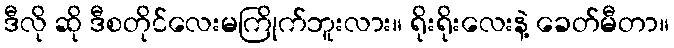
ဒီလို ဆို ဒီစတိုင်လေးမကြိုက်ဘူးလား။ ရိုးရိုးလေးနဲ့ ခေတ်မီတာ။